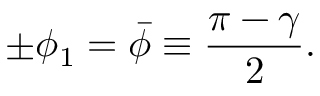
\pm \phi _ { 1 } = \bar { \phi } \equiv { \frac { \pi - \gamma } { 2 } } .